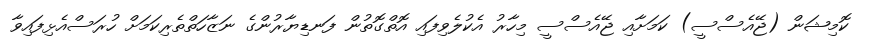
ކޮމިޝަން (ޖޭއެސްސީ) ކަމަށާއި ޖޭއެސްސީ މިހާރު އެކުލެވިފައި އޮތްގޮތުން ފަނޑިޔާރުންގެ ނަޒާހަތްތެރިކަމަށް ހުރަސްއެޅިފައިވާ